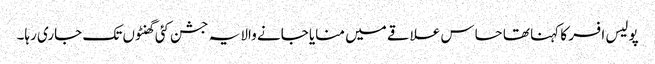
پولیس افسر کا کہنا تھا حساس علاقے میں منایا جانے والا یہ جشن کئی گھنٹوں تک جاری رہا۔